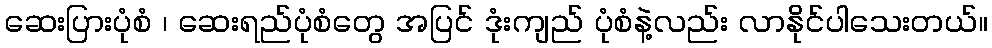
ဆေးပြားပုံစံ ၊ ဆေးရည်ပုံစံတွေ အပြင် ဒုံးကျည် ပုံစံနဲ့လည်း လာနိုင်ပါသေးတယ်။